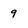
Character: 9